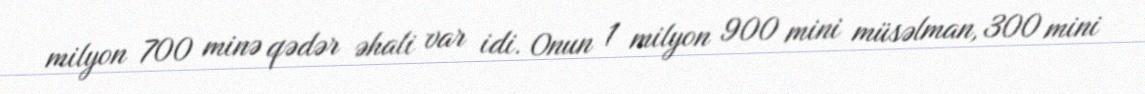
milyon 700 minə qədər əhali var idi. Onun 1 milyon 900 mini müsəlman, 300 mini